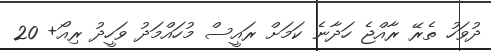
ދުވަހު ތެރޭ ރާއްޖެ ހަދާނެ ކަމަށް ރައީސް މުހައްމަދު ވަހީދު ރިއޯ+ 20